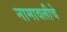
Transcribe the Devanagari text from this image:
नामावलीचे